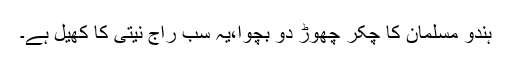
ہندو مسلمان کا چکر چھوڑ دو بچوا،یہ سب راج نیتی کا کھیل ہے۔